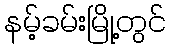
နမ့်ခမ်းမြို့တွင်